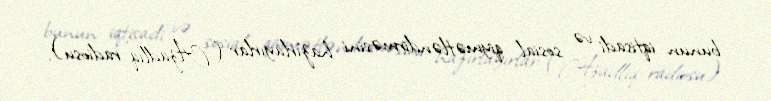
bunun iqtisadi və sosial qiymətləndirməsini hazırlayırlar ("Azadlıq" radiosu).